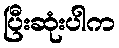
ပြီးဆုံးပါက